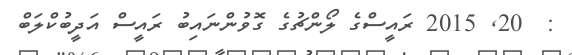
:  20